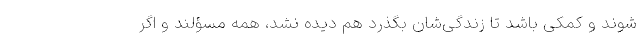
شوند و کمکی باشد تا زندگی‌شان بگذرد هم دیده نشد، همه مسؤلند و اگر